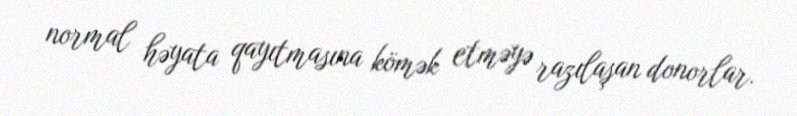
normal həyata qayıtmasına kömək etməyə razılaşan donorlar.